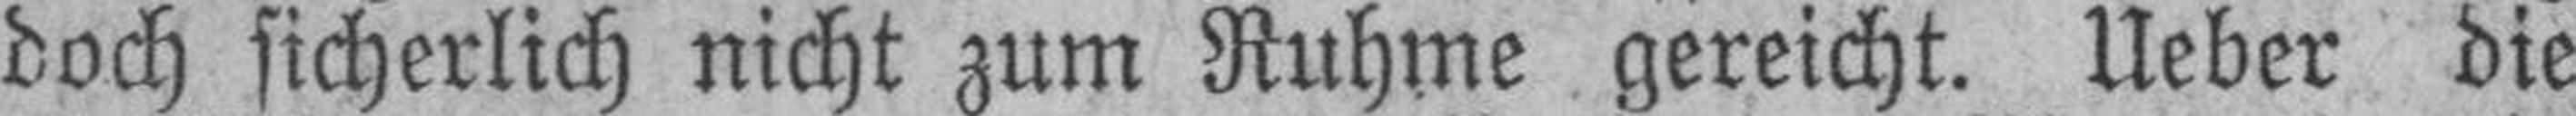
doch sicherlich nicht zum Ruhme gereicht. Ueber die